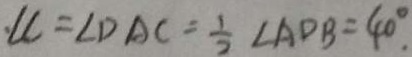
\angle C = \angle D A C = \frac { 1 } { 2 } \angle A D B = 4 0 ^ { \circ } .